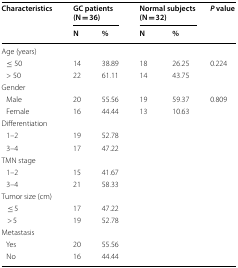
<table><thead><tr><td rowspan="2"><b>Characteristics</b></td><td colspan="2"><b>GC patients (N = 36)</b></td><td colspan="2"><b>Normal subjects (N = 32)</b></td><td rowspan="2"><b><i>P</i> value</b></td></tr><tr><td><b>N</b></td><td><b>%</b></td><td><b>N</b></td><td><b>%</b></td></tr></thead><tbody><tr><td colspan="6">Age (years)</td></tr><tr><td> ≤50</td><td>14</td><td>38.89</td><td>18</td><td>26.25</td><td>0.224</td></tr><tr><td> &gt;50</td><td>22</td><td>61.11</td><td>14</td><td>43.75</td><td></td></tr><tr><td colspan="6">Gender</td></tr><tr><td> Male</td><td>20</td><td>55.56</td><td>19</td><td>59.37</td><td>0.809</td></tr><tr><td> Female</td><td>16</td><td>44.44</td><td>13</td><td>10.63</td><td></td></tr><tr><td colspan="6">Differentiation</td></tr><tr><td> 1–2</td><td>19</td><td>52.78</td><td></td><td></td><td></td></tr><tr><td> 3–4</td><td>17</td><td>47.22</td><td></td><td></td><td></td></tr><tr><td colspan="6">TMN stage</td></tr><tr><td> 1–2</td><td>15</td><td>41.67</td><td></td><td></td><td></td></tr><tr><td> 3–4</td><td>21</td><td>58.33</td><td></td><td></td><td></td></tr><tr><td colspan="6">Tumor size (cm)</td></tr><tr><td>≤ 5</td><td>17</td><td>47.22</td><td></td><td></td><td></td></tr><tr><td>&gt; 5</td><td>19</td><td>52.78</td><td></td><td></td><td></td></tr><tr><td colspan="6">Metastasis</td></tr><tr><td> Yes</td><td>20</td><td>55.56</td><td></td><td></td><td></td></tr><tr><td> No</td><td>16</td><td>44.44</td><td></td><td></td><td></td></tr></tbody></table>